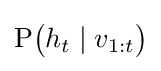
\mathrm {P} {\big (}h_{t}\mid v_{1:t}{\big )}